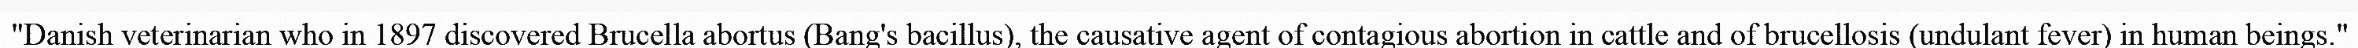
"Danish veterinarian who in 1897 discovered Brucella abortus (Bang's bacillus), the causative agent of contagious abortion in cattle and of brucellosis (undulant fever) in human beings."